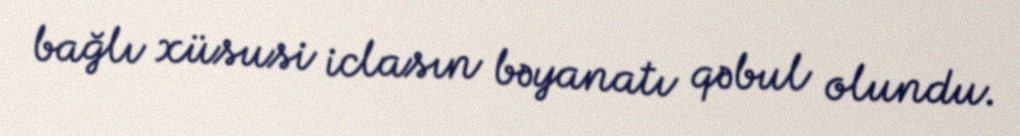
bağlı xüsusi iclasın bəyanatı qəbul olundu.